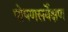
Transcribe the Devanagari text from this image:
पोषणसर्वेक्षण